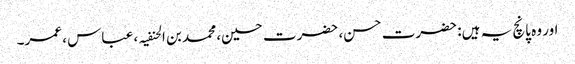
اور وہ پانچ یہ ہیں: حضرت حسن، حضرت حسین، محمد بن الحنفیہ ، عباس ، عمر۔